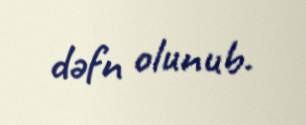
dəfn olunub.